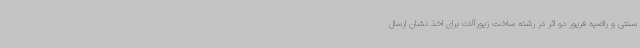
سنتی و راضیه فریور دو اثر در رشته ساخت زیورآلات برای اخذ نشان ارسال